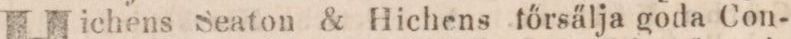
Hichens Seaton & Hichens főrsälja goda Con-